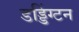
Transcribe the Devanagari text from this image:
डड्डिंग्टन